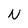
Character: N